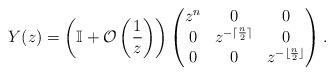
LaTeX: \begin{align*} Y(z) = \left(\mathbb{I}+\mathcal{O}\left(\frac{1}{z}\right)\right) \begin{pmatrix} z^{n} & 0 & 0\\ 0 & z^{-\lceil \frac{n}{2} \rceil} & 0\\ 0 & 0 & z^{-\lfloor\frac{n}{2}\rfloor}\end{pmatrix}.\end{align*}